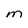
Character: M